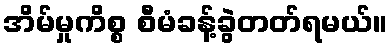
အိမ်မှုကိစ္စ စီမံခန့်ခွဲတတ်ရမယ်။